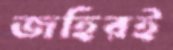
জহিরই